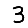
Digit: 3